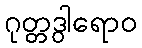
ဂုတ္တဒွါရောဝ